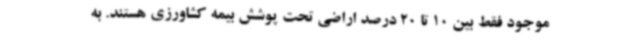
موجود فقط بین 10 تا 20 درصد اراضی تحت پوشش بیمه کشاورزی هستند. به